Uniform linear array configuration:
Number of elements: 8
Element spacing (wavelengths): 0.75
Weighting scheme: exponential
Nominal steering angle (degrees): -15
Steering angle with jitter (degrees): -15.642
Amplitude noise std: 0.05
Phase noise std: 0.05

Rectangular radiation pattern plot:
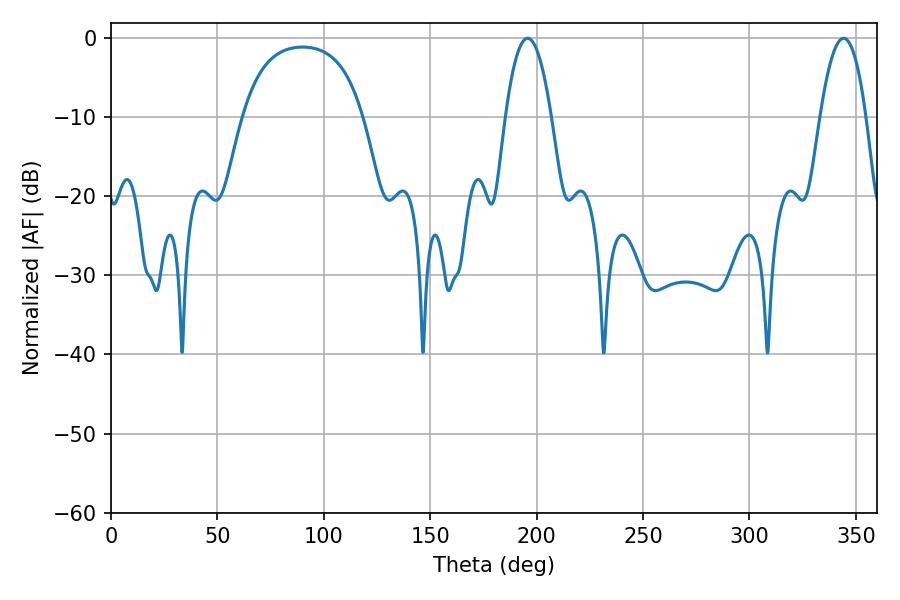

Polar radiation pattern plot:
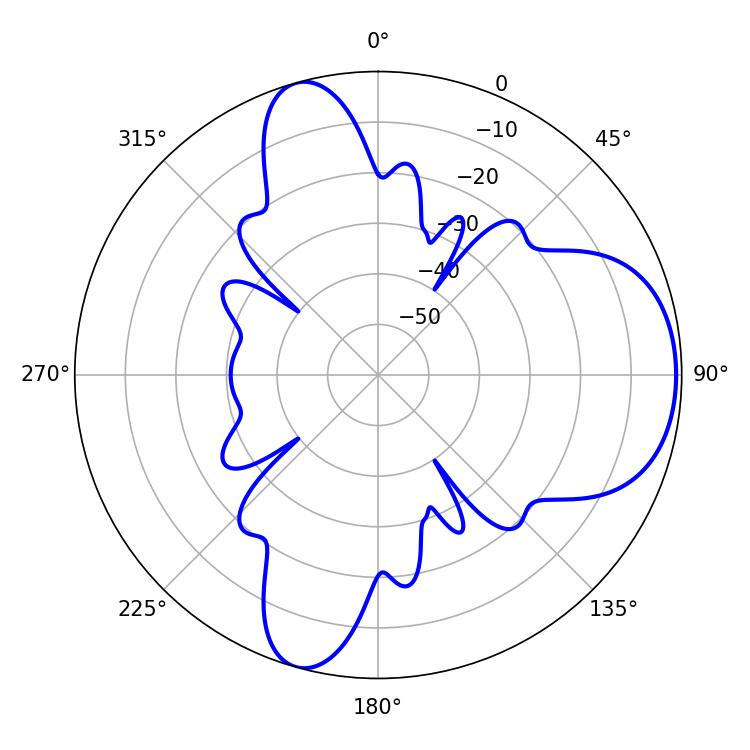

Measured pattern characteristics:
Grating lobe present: TRUE
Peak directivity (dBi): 7.16
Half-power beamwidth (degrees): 11.88
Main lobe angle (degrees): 195.84